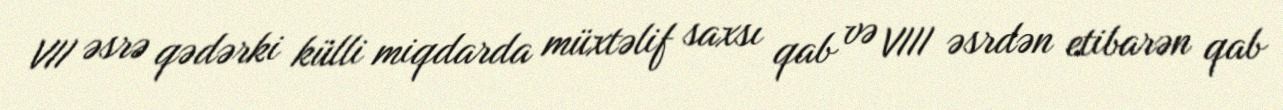
VII əsrə qədərki külli miqdarda müxtəlif saxsı qab və VIII əsrdən etibarən qab